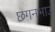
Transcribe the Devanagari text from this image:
छगनभाउ